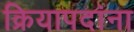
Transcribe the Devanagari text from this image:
क्रियापदांना